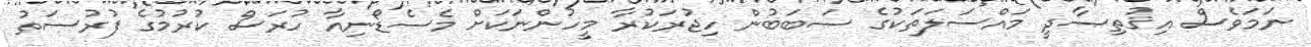
ނަމަވެސް އިޤުތިޞާދީ މައްސަލަތަކުގެ ސަބަބުން ހިޖުރަކުރާ މީހުންނަކަށް މެސެޑޯނިއާ ހުރަސް ކުރުމުގެ ފުރުސަތު